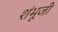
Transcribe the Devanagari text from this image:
शंभूजी